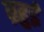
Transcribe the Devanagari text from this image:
ब्रहुई